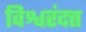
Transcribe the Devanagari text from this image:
विश्वरंदत्त